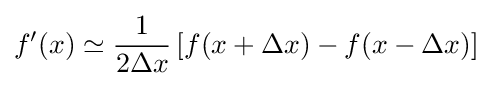
f'(x)\simeq {\frac {1}{2\Delta x}}\left[f(x+\Delta x)-f(x-\Delta x)\right]